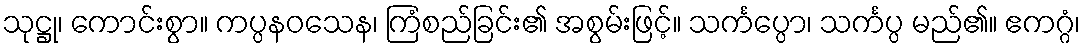
သုဋ္ဌု၊ ကောင်းစွာ။ ကပ္ပနဝသေန၊ ကြံစည်ခြင်း၏ အစွမ်းဖြင့်။ သင်္ကပ္ပော၊ သင်္ကပ္ပ မည်၏။ ဧကဂ္ဂံ၊